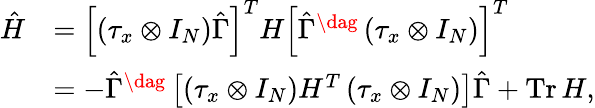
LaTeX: \begin{array}{rl}{\hat{H}}&{=\left[\left(\tau_{x}\otimes I_{N}\right)\hat{\Gamma}\right]^{T}H\left[\hat{\Gamma}^{\dag}\left(\tau_{x}\otimes I_{N}\right)\right]^{T}}\\ &{=-\hat{\Gamma}^{\dag}\left[\left(\tau_{x}\otimes I_{N}\right)H^{T}\left(\tau_{x}\otimes I_{N}\right)\right]\hat{\Gamma}+\mathrm{Tr}\, H,}\end{array}